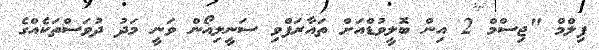
ފިލްމް "ޖިސްމް 2 އިން ބޮލީވުޑްއަށް ތައާރަފްވި ސަނީލިއޯން ވަނީ މަދު ދުވަސްތަކެއްގެ